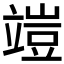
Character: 𥪪